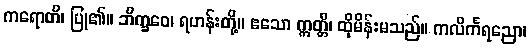
ကရောတိ၊ ပြု၏။ ဘိက္ခဝေ၊ ရဟန်းတို့။ ဧသော ဣတ္တီ၊ ထိုမိန်းမသည်။ ကလိင်္ကရညော၊